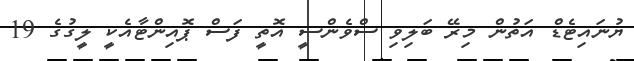
ޔުނައިޓެޑް އަތުން މިރޭ ބަލިވި ސްވެންސީ އޮތީ ފަސް ޕޮއިންޓާއެކީ ލީގުގެ 19